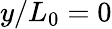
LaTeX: y/L_{0}=0